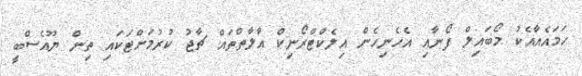
ހަމައެއާއެކު މޯބައިލް ފޯނާއި އެހެނިހެން އިލެކްޓްރޯނިކް އާލާތްތައް ޗާޖު ކުރުމަށްޓަކައި ތިން ޔޫއެސްބީ